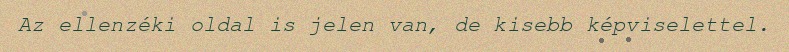
Az ellenzéki oldal is jelen van, de kisebb képviselettel.